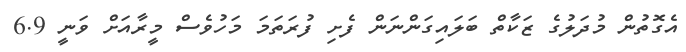
އެގޮތުން މުދަލުގެ ޒަކާތް ބަލައިގަންނަން ފެށި ފުރަތަމަ މަހުވެސް މީރާއަށް ވަނީ 6.9